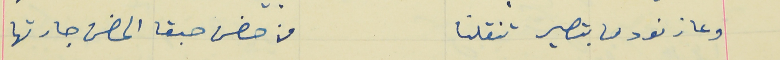
وعا زنودها بتصير تنقلنا                                            من حضن حبقا الحضن جارتها